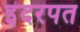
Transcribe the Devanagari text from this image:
इंदरपत